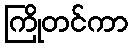
ကြိုတင်ကာ